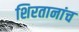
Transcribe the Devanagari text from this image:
शिरतानांच